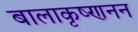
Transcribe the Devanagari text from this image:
बालाकृष्णनन